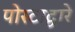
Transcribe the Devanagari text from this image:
पोस्टाद्वारे